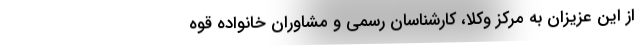
از این عزیزان به مرکز وکلا، کارشناسان رسمی و مشاوران خانواده قوه